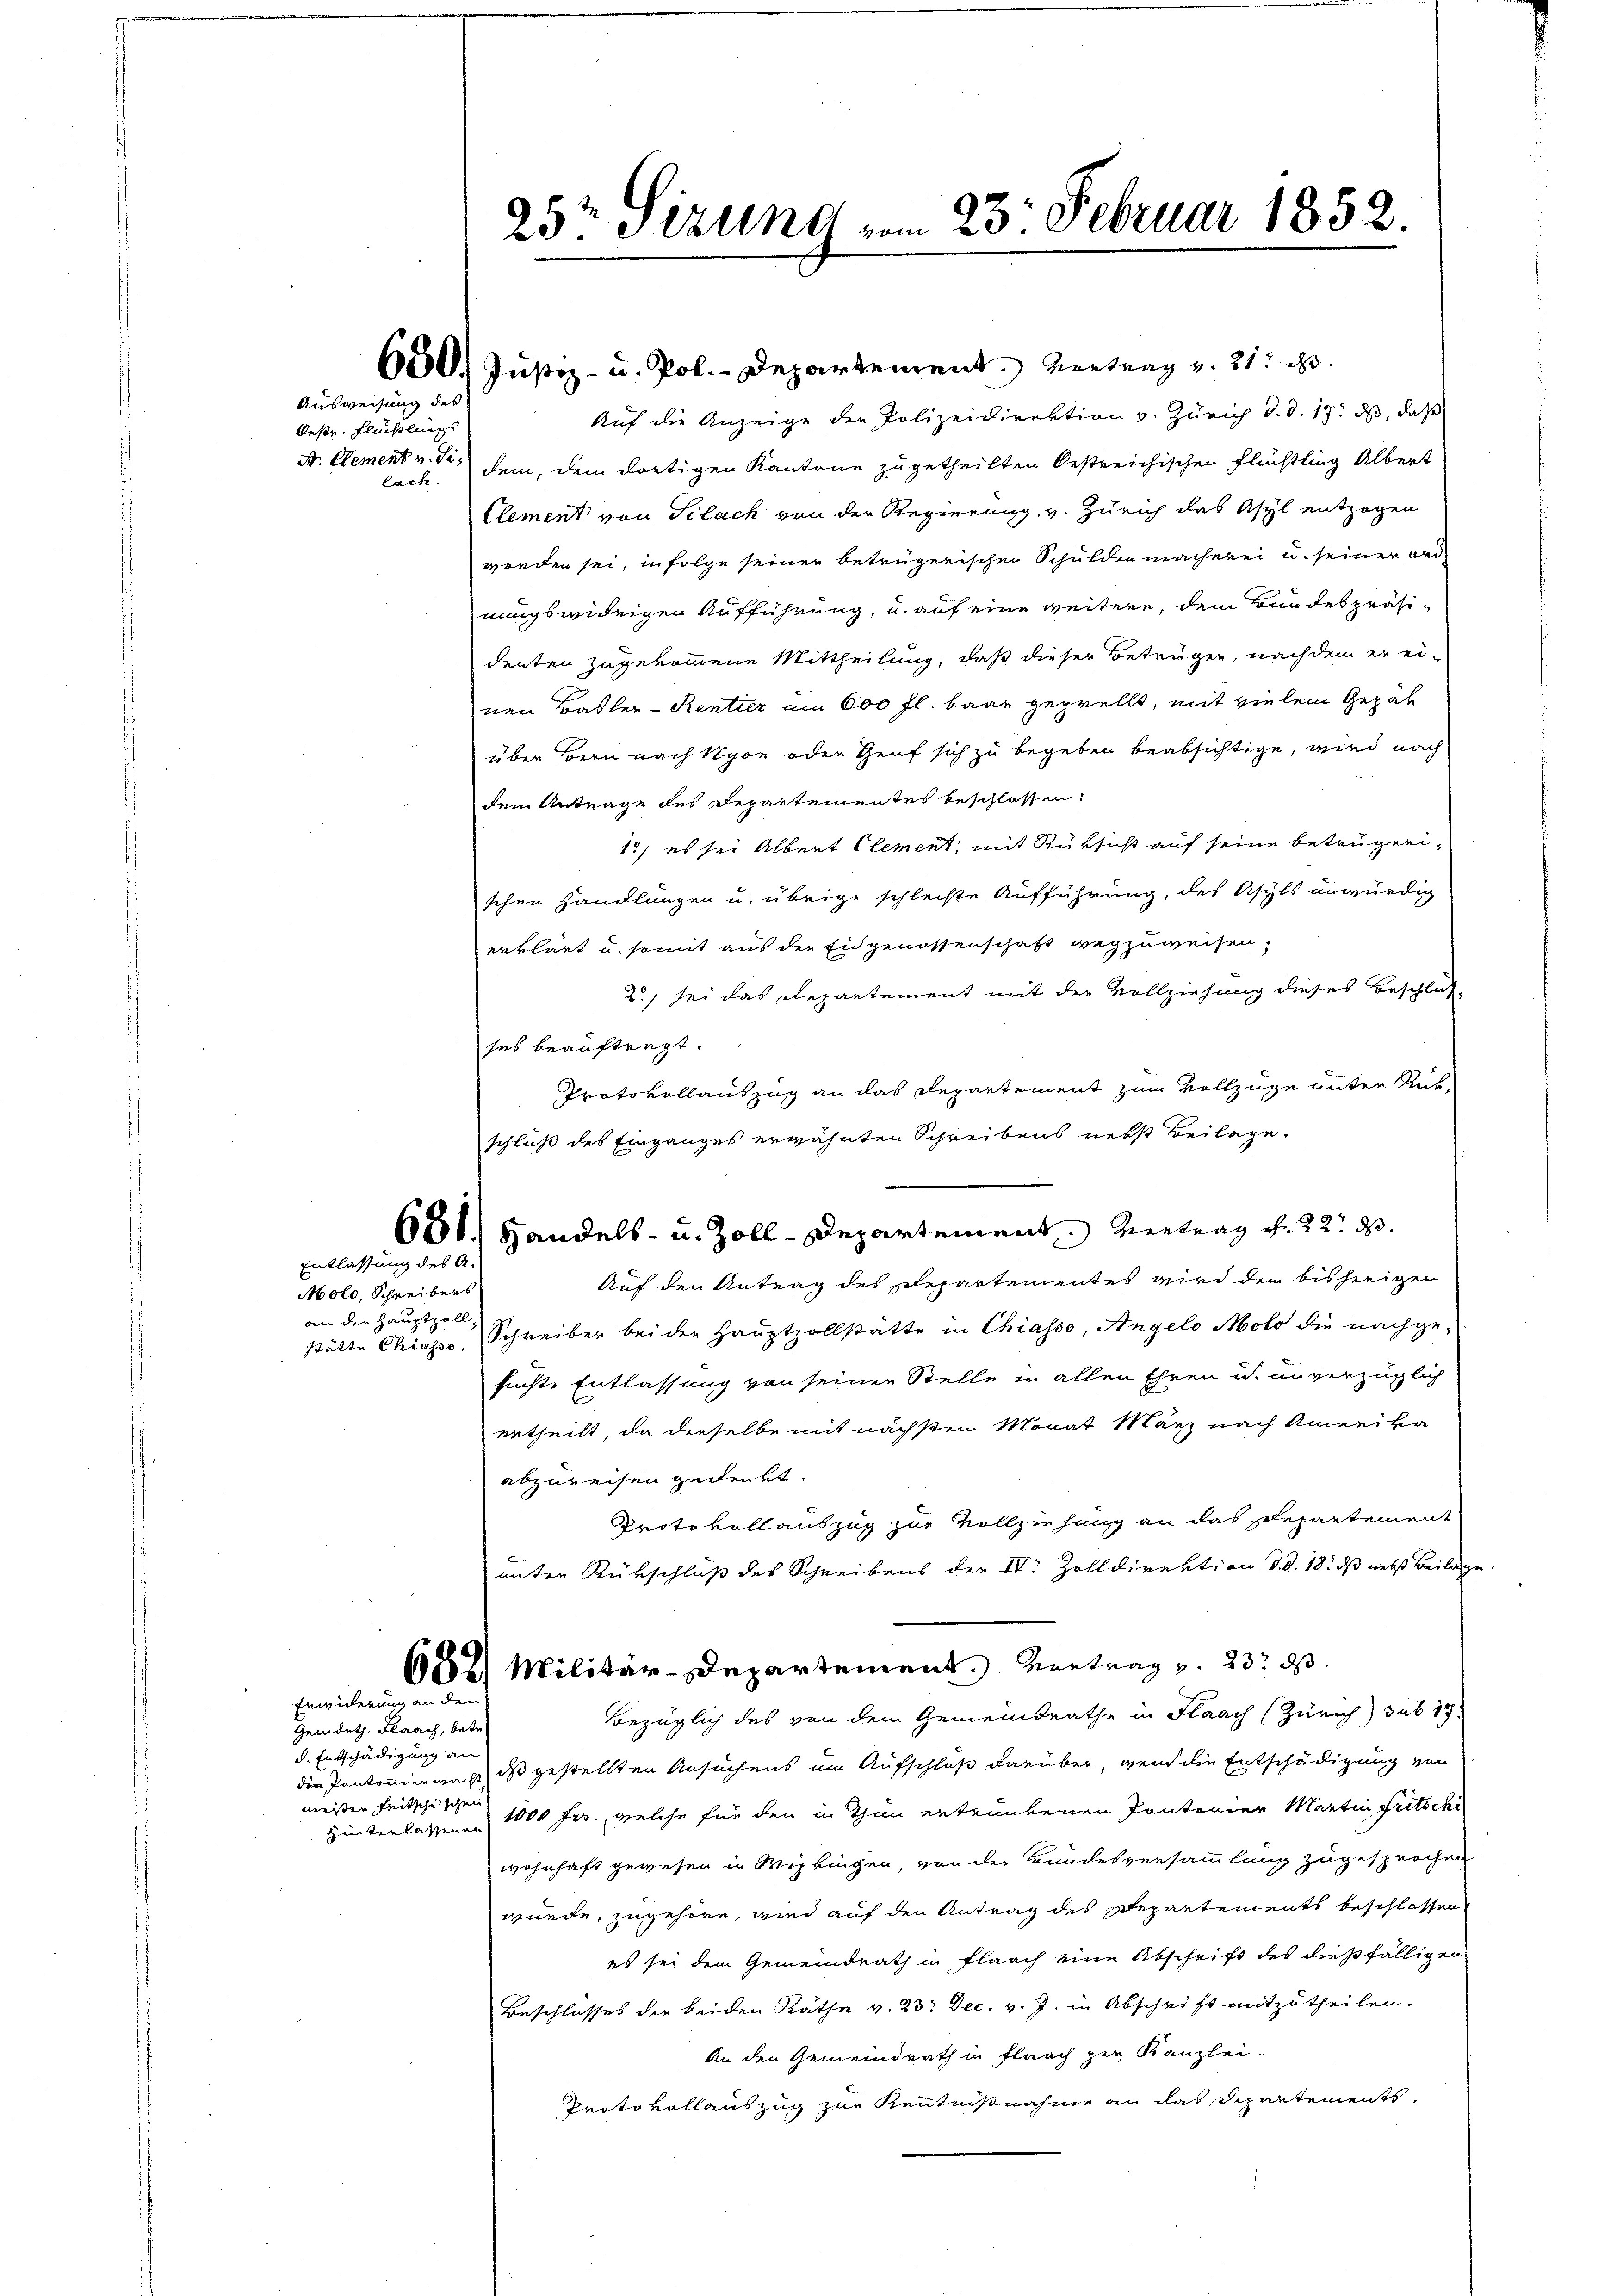
Ausweisung des
Oestr. Flüchtlings
lach.

Entlassung des A.

Molo, Schreibers
an den Hauptzoll-

Erwiderung an den

Gemdet. Flaach, betr
d. Entschädigung an
meisten Leitschischen

650. Justiz- u. Pol. - Departement. Vortrag v. 21.
Auf die Anzeige der Polizeidirektion v. Zürich d. d. 17. ds, daß
Sr. Element v. Si, dem, dem dortigen Kantone zugetheilten bestreichischen Flüchtling Albert
Clement von Sclack von der Regierung v. Zürich das Asyl entzogen
worden sei, infolge seiner betrügerischen Schuldenmacherei u. seiner and
nungswidrigen Aufführung, u. auf eine weitere, dem Bundespräsidenten zugekommene Mittheilung, daß dieser Betrüger, nachdem er einen Basler-Rentier um 600 fl. baar geprellt, mit vielem Gepäh
über Bern nach Nyon oder Genf sich zu begeben beabsichtige, wird nach
dem Antrage des Departementes beschlossen:
1) es sei Albert Clement, mit Rüksicht auf seine betrügerischen Handlungen u. übrige schlechte Aufführung, des Asyls unwürdig
erklärt u. somit aus der Eidgenossenschaft wegzuweisen,
2) sei das Departement mit der Vollziehung dieses Beschlos-
ses beauftragt.
Protokollauszug an das Departement zum Vollzüge unter Russchluß des Einganges erwähnten Schreibens nebst Beilage.
661.) Handels- u. Zoll-Departement. Vertrag v. 22. d.
Auf den Antrag des Departementes wird den bisherigen
stätte Chiasso. Schreiber bei der Hauptzollstätte in Chiasso, Angelo Molo die nachgesuchte Entlassung von seinen Stelle in allen Ehren u. unverzüglich
ertheilt, da derselbe mit nächsten Monat März nach Amerika
abzureisen gedenkt.
Protokollauszug zur Vollziehung an das Departement
unter Rückschluß des Schreibens der IV. Zolldirektion d. d. 18. ds nebst Beilage
6882) Militär-Departement. Vortrag v. 23. ds.
Bezüglich des von dem Gemeindrathe in Haach (Zürich) sub 17.
die Pantoniermacht, das gestellten Ansuchens um Aufschluß darüber, wenn die Entschädigung von
Hinterlassenen 1000 Fr., welche für den in Thun ertrunkenen Pontonier Martin Fritschi
wohnhaft gewesen in Wipkingen, von der Bundesversammlung zugesprochen
wurde, zugehöre, wird auf den Antrag des Departements beschlossen
es sei dem Gemeindrath in Flaach eine Abschrift des dießfälligen
Beschlusses der beiden Räthe v. 23. Dec. v. J. in Abschrift mitzutheilen.
An den Gemeindrath in Flaach zur Kanzlei-
Protokollauszug zur Kenntnißnahme an das Departements

25te Sizung vom 23. Februar 1852.